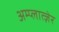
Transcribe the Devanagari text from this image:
अम्प्लात्ज़ेर